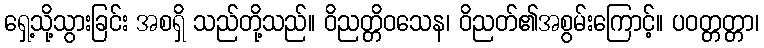
ရှေ့သို့သွားခြင်း အစရှိ သည်တို့သည်။ ဝိညတ္တိဝသေန၊ ဝိညတ်၏အစွမ်းကြောင့်။ ပဝတ္တတ္တာ၊